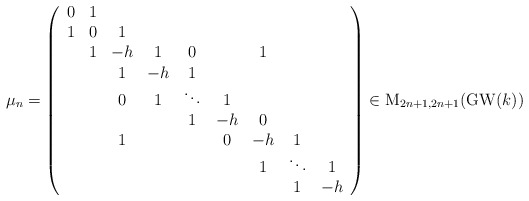
\begin{align*}\mu_{n}=\left(\begin{array}{ccccccccc}0 & 1\\1 & 0 & 1\\ & 1 & -h & 1 & 0 & & 1\\ & & 1 & -h & 1 \\ & & 0 & 1 & \ddots & 1\\ & & & & 1 & -h & 0\\ & & 1 & & & 0 & -h & 1\\ & & & & & & 1 & \ddots & 1 \\ & & & & & & & 1 & -h\end{array}\right)\in \mathrm{M}_{2n+1,2n+1}(\mathrm{GW}(k))\end{align*}